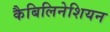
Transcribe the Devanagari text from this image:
कैबिलिनेशियन